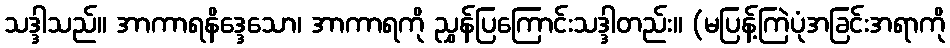
သဒ္ဒါသည်။ အာကာရနိဒ္ဒေသော၊ အာကာရကို ညွှန်ပြကြောင်းသဒ္ဒါတည်း။ (မပြန့်ကြဲပုံအခြင်းအရာကို